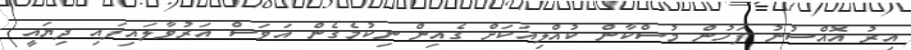
އިރު އޮއްސުނު ފަހުން މުސްކާން ކުއްލިއަކަށް ގެއިން ނިކުމެގެން އަވަސް އަރުވާލައިފައި ދިޔައީ